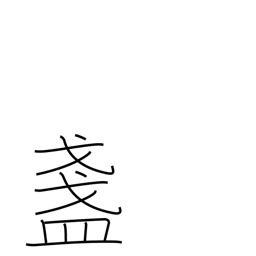
Meaning: sake cup